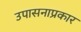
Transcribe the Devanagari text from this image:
उपासनाप्रकार